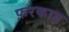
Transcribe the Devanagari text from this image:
फ़रकाड